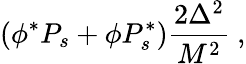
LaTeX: (\phi^{*}P_{s}+\phi P_{s}^{*})\frac{2\Delta^{2}}{M^{2}}\ ,